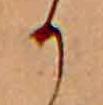
か